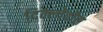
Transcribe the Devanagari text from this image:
दिक्लोर्वोस